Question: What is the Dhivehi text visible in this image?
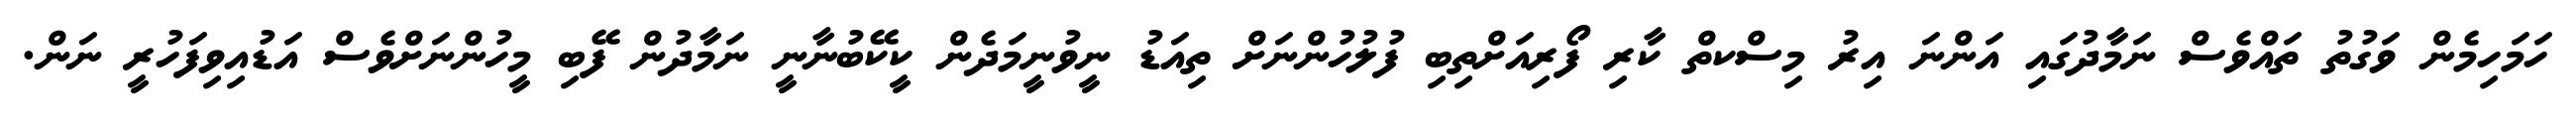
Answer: ހަމަހިމެން ވަގުތު ތައްވެސް ނަމާދުގައި އަންނަ އިރު މިސްކތް ކާރި ފޯރިއަށްތިބި ފުލުހުންނަށް ތިއަޑު ނީވުނީމަދެން ކީކޭބުނާނީ ނަމާދުން ފޭބި މީހުންނަށްވެސް އަޑުއިވިފަހުރީ ނަން.